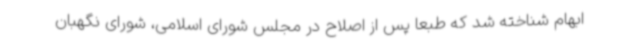
ابهام شناخته شد که طبعا پس از اصلاح در مجلس شورای اسلامی، شورای نگهبان